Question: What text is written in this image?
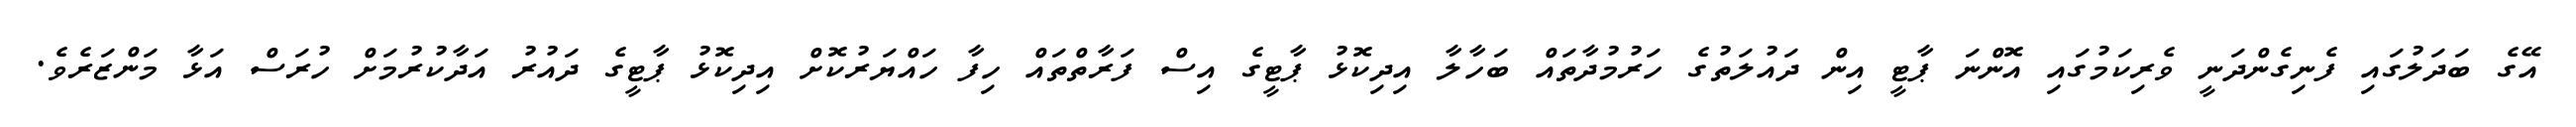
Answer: އޭގެ ބަދަލުގައި ފެނިގެންދަނީ ވެރިކަމުގައި އޮންނަ ޕާޓީ އިން ދައުލަތުގެ ހަރުމުދާތައް ބަހާލާ އިދިކޮޅު ޕާޓީގެ އިސް ފަރާތްތައް ހިފާ ހައްޔަރުކޮށް އިދިކޮޅު ޕާޓީގެ ދައުރު އަދާކުރުމަށް ހުރަސް އަޅާ މަންޒަރެވެ.